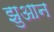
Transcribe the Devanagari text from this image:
झुआन